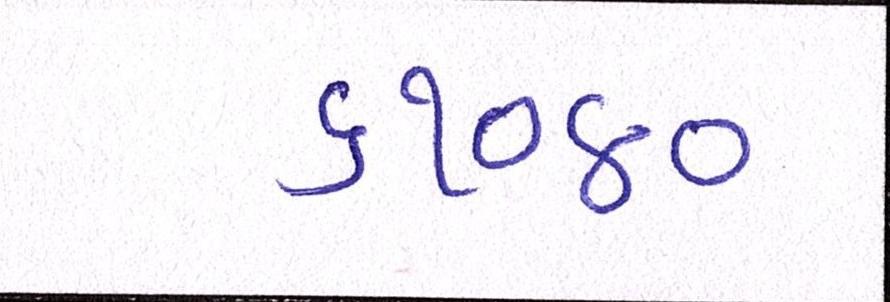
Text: ૬૧૦૪૦